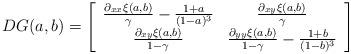
LaTeX: \begin{align*}DG(a,b)&=\left[\begin{array}{cc}\frac{\partial_{xx}\xi(a,b)}{\gamma}-\frac{1+a}{(1-a)^3}&\frac{\partial_{xy}\xi(a,b)}{\gamma}\\\frac{\partial_{xy}\xi(a,b)}{1-\gamma}&\frac{\partial_{yy}\xi(a,b)}{1-\gamma}-\frac{1+b}{(1-b)^3}\end{array}\right]\end{align*}